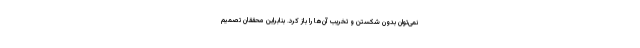
نمی‌توان بدون شکستن و تخریب آن‌ها را باز کرد. بنابراین محققان تصمیم